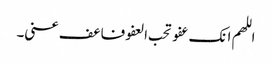
اللھم انک عفو تحب العفو فاعف عنی۔